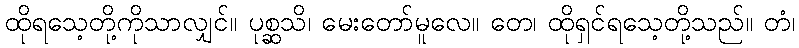
ထိုရသေ့တို့ကိုသာလျှင်။ ပုစ္ဆသိ၊ မေးတော်မူလေ။ တေ၊ ထိုရှင်ရသေ့တို့သည်။ တံ၊